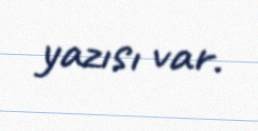
yazısı var.